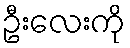
ဦးလေးကို